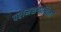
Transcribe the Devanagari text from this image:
परामर्शदायिनी